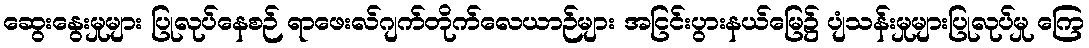
ဆွေးနွေးမှုများ ပြုလုပ်နေစဉ် ရာဖေးလ်ဂျက်တိုက်လေယာဉ်များ အငြင်းပွားနယ်မြေ၌ ပျံသန်းမှုများပြုလုပ်မှု ကြေ